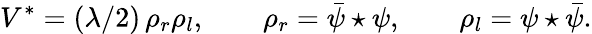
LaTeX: V^{*}=(\lambda/2)\, \rho_{r}\rho_{l},\qquad\rho_{r}=\bar{\psi}\star\psi,\qquad\rho_{l}=\psi\star\bar{\psi}.